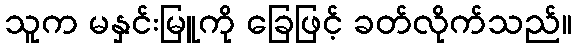
သူက မနှင်းမြူကို ခြေဖြင့် ခတ်လိုက်သည်။